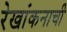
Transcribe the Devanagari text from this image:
रेखांकनाची